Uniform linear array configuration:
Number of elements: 32
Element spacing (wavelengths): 1
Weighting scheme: uniform
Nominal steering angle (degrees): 30
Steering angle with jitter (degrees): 31.45
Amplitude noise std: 0.05
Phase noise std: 0.05

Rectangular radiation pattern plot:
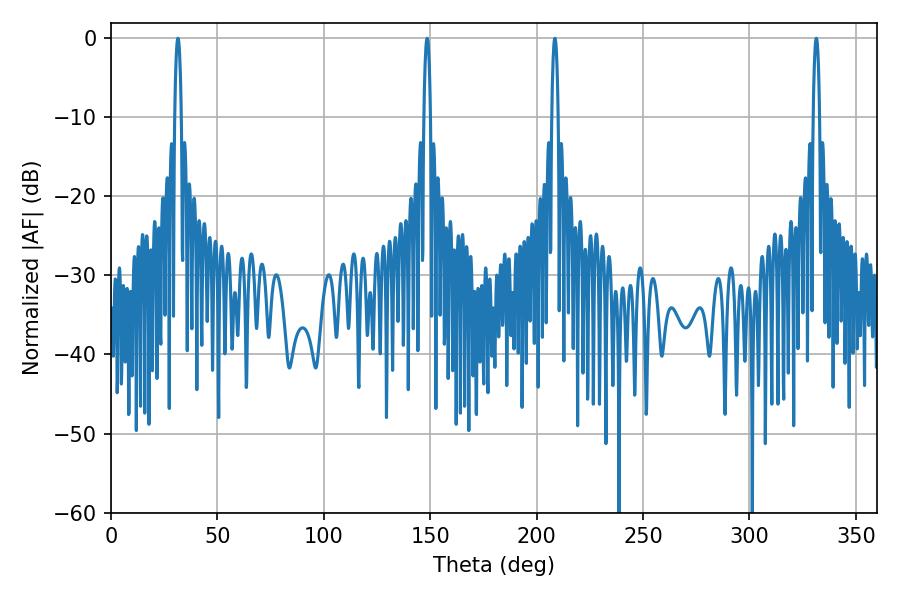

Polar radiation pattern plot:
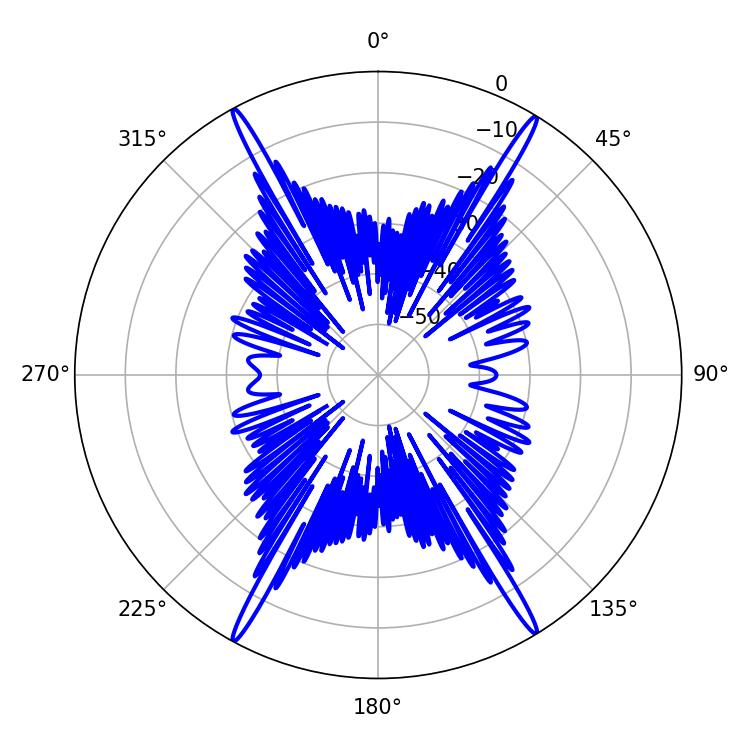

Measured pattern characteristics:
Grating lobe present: TRUE
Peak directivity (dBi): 26.683
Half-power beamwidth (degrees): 1.62
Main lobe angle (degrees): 208.62